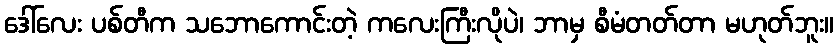
ဒေါ်လေး ပစ်တီက သဘောကောင်းတဲ့ ကလေးကြီးလိုပဲ၊ ဘာမှ စီမံတတ်တာ မဟုတ်ဘူး။